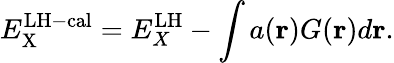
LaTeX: E_{\mathrm{X}}^{\mathrm{LH-cal}}=E_{X}^{\mathrm{LH}}-\int{a(\mathbf{r})G(\mathbf{r})d\mathbf{r}}.